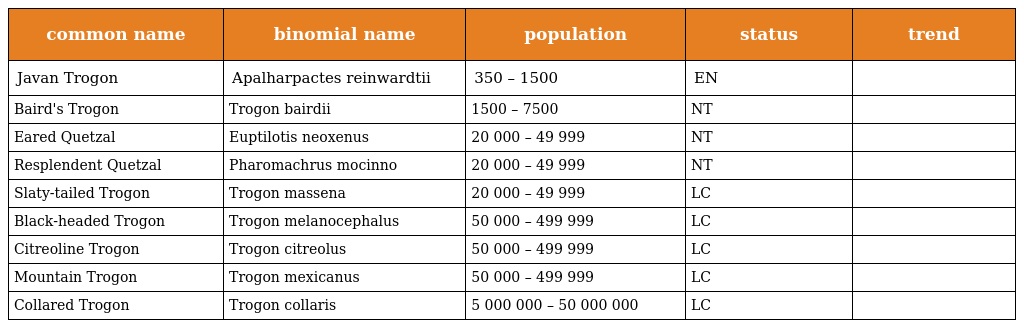
| common name | binomial name | population | status | trend |
 | --- | --- | --- | --- | --- |
 | Javan Trogon | Apalharpactes reinwardtii | 350 – 1500 | EN |  |
 | Baird's Trogon | Trogon bairdii | 1500 – 7500 | NT |  |
 | Eared Quetzal | Euptilotis neoxenus | 20 000 – 49 999 | NT |  |
 | Resplendent Quetzal | Pharomachrus mocinno | 20 000 – 49 999 | NT |  |
 | Slaty-tailed Trogon | Trogon massena | 20 000 – 49 999 | LC |  |
 | Black-headed Trogon | Trogon melanocephalus | 50 000 – 499 999 | LC |  |
 | Citreoline Trogon | Trogon citreolus | 50 000 – 499 999 | LC |  |
 | Mountain Trogon | Trogon mexicanus | 50 000 – 499 999 | LC |  |
 | Collared Trogon | Trogon collaris | 5 000 000 – 50 000 000 | LC |  |